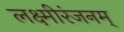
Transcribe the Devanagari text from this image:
लक्ष्मीरंजनम्